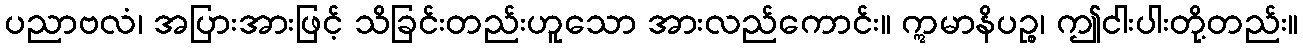
ပညာဗလံ၊ အပြားအားဖြင့် သိခြင်းတည်းဟူသော အားလည်ကောင်း။ ဣမာနိပဉ္စ၊ ဤငါးပါးတို့တည်း။